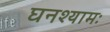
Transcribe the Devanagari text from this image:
घनश्यामः